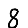
Digit: 8